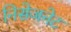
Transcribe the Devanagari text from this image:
निसेजनेट